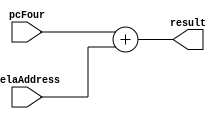

module aluAdder(result, pcFour, relaAddress);
	input [31:0] pcFour, relaAddress;
	output [31:0] result;
	assign result = pcFour + relaAddress;
	// for branch, if branch, new pc = result.
endmodule